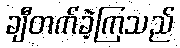
ချီတက်ခဲ့ကြသည်